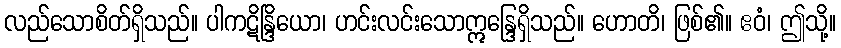
လည်သောစိတ်ရှိသည်။ ပါကဋိန္ဒြိယော၊ ဟင်းလင်းသောဣန္ဒြေရှိသည်။ ဟောတိ၊ ဖြစ်၏။ ဧဝံ၊ ဤသို့။